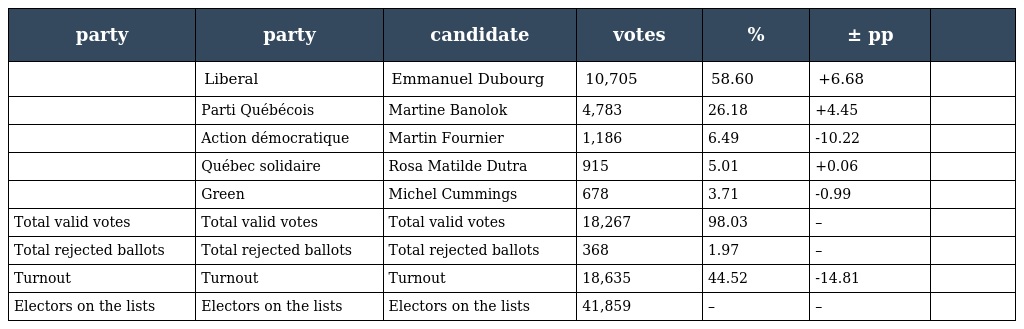
| party | party | candidate | votes | % | ± pp |  |
 | --- | --- | --- | --- | --- | --- | --- |
 |  | Liberal | Emmanuel Dubourg | 10,705 | 58.60 | +6.68 |  |
 |  | Parti Québécois | Martine Banolok | 4,783 | 26.18 | +4.45 |  |
 |  | Action démocratique | Martin Fournier | 1,186 | 6.49 | -10.22 |  |
 |  | Québec solidaire | Rosa Matilde Dutra | 915 | 5.01 | +0.06 |  |
 |  | Green | Michel Cummings | 678 | 3.71 | -0.99 |  |
 | Total valid votes | Total valid votes | Total valid votes | 18,267 | 98.03 | – |  |
 | Total rejected ballots | Total rejected ballots | Total rejected ballots | 368 | 1.97 | – |  |
 | Turnout | Turnout | Turnout | 18,635 | 44.52 | -14.81 |  |
 | Electors on the lists | Electors on the lists | Electors on the lists | 41,859 | – | – |  |